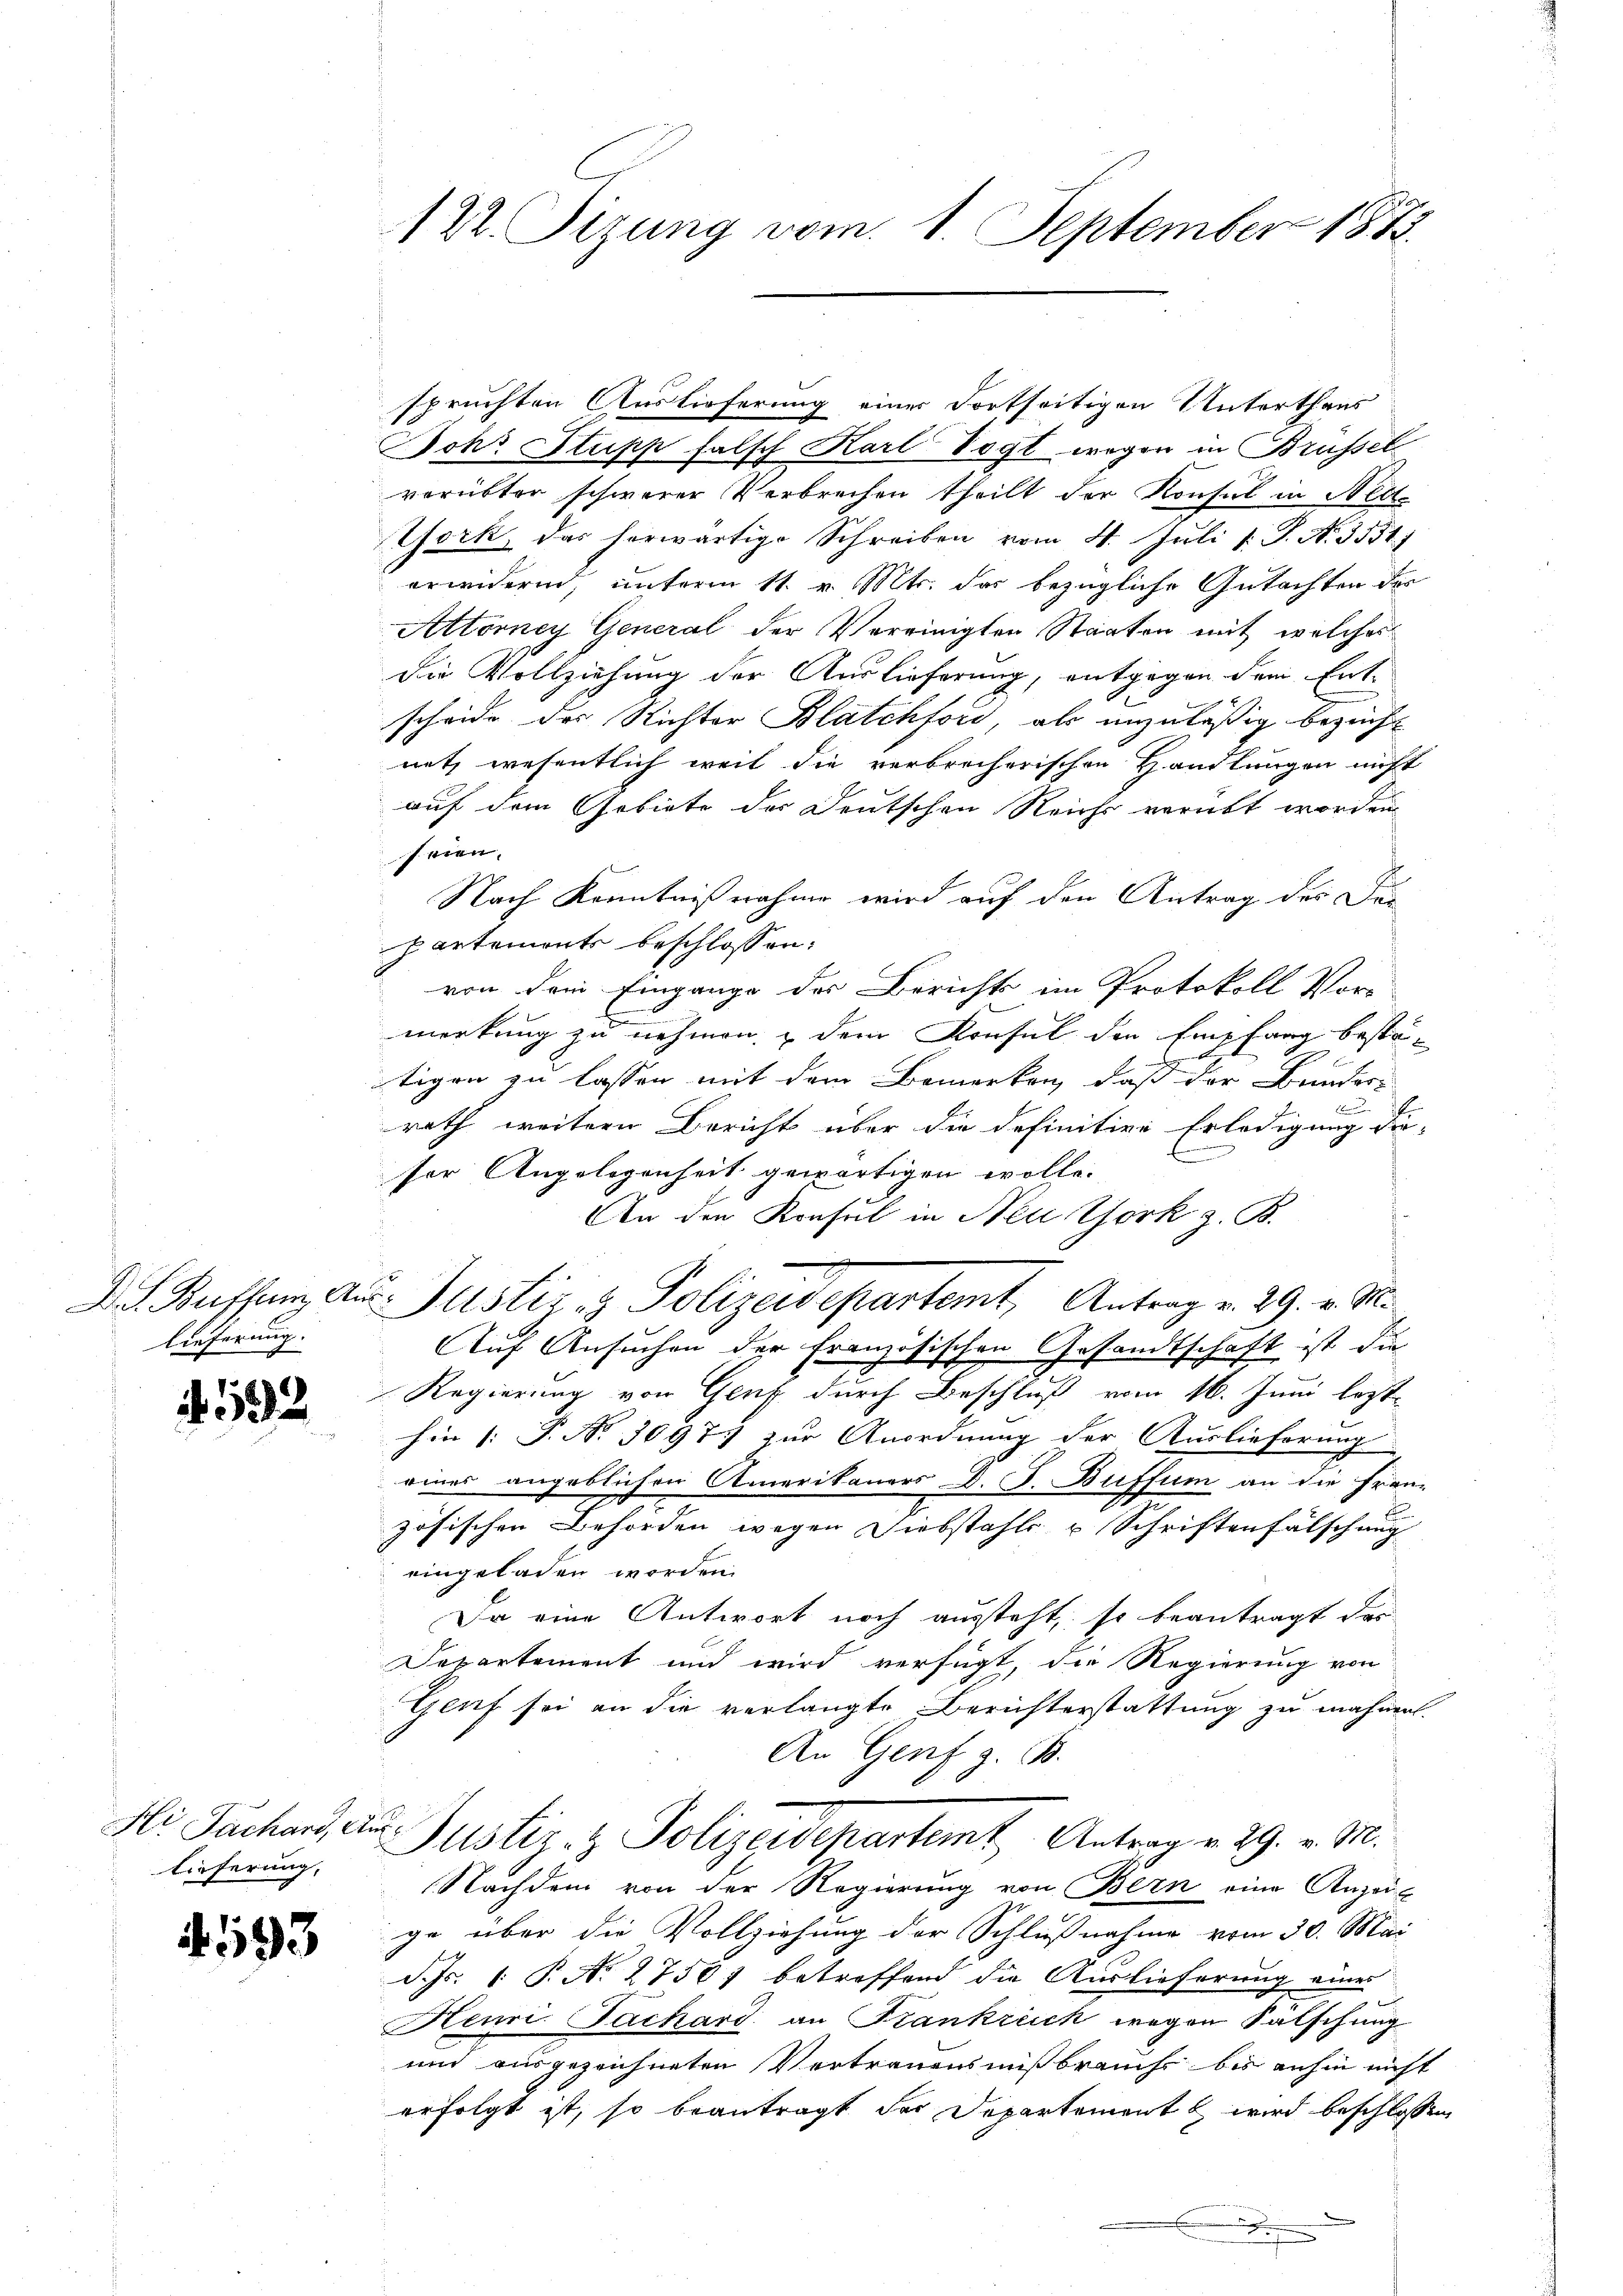
Lieferung.

592

lieferung,

4.593

122. Fizung vom 1. September 1873.

spruchten Auslieferung einer Fortseitigen Unterthans
ohr Stupp falsch Karl Vogt wegen in Brüssel
verübter schwerer Verbrechen theilt der Konsul in Nett
York, das herwärtige Schreiben vom 4. Juli l. J. A. 3531
erwidern, unterm 11. v. Mts. das bezügliche Gutachten der
Attorney General der Vereinigten Staaten mit welches
die Vollziehung der Auslieferung, entgegen dem Entscheide der Richter Blatchford, als anzuläßig bezieht
netz wesentlich weit die verbrecherischen Handlungen nicht
auf dem Gebiete der Deutschen Reichs verübt worden
seien.
Nach Kenntnißnahme wird auf den Antrag des Dien
partements beschlossen:
von dem Eingange des Berichts im Protokoll Vor-
merkung zu nehmen. Dem Konsul den Empfang bestätägen zu lassen mit dem Bemerken, daß der Bunder
.
rath weitern Bericht über die definitive Erledigung die-
E
ser Angelegenheit gewärtigen wolle.
An den Konsul in New York z. B.
De Bussen Aus Justiz & Polizeidepartemt, Antrag v. 29. v. M.
Auf Ansuchen der Französischen Gesandtschaft ist die
Regierung von Genf durch Beschluß vom 16. Juni lezthin (: P. Nr. 3097. zur Anordnung der Auslieferung
eines angeblichen Amerikaners D. G. Buffum an die Frau-
zösischen Behörden wegen Diebstahls u Schriftenfälschung
eingeladen worden.
Da eine Antwort noch aussteht, so beantragt das
Departement und wird verfügt, die Regierung von
Gluf sei an die verlangte Berichterstattung zu mahnen.
An Genf z. B.
Hi Fachart, du Justiz- & Polizeidepartemt Antrag v. 29. v. M.
Nachdem von der Regierung von Bern eine Anzeig
ge über die Vollziehung der Schlußnahme vom 30. Mai
d. Js. 1. P. No 27501 betreffend die Auslieferung eines
Henri Fachard an Frankreich wegen Fälschung
und ausgezeichneten Vertrauensmißbrauchs bis anhin nicht
erfolgt ist, so beantragt der Departement wird beschlossen